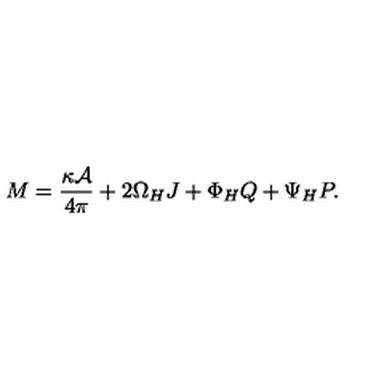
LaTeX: M = { \frac { \kappa { \cal A } } { 4 \pi } } + 2 \Omega _ { H } J + \Phi _ { H } Q + \Psi _ { H } P .